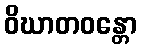
ဝိဃာတဝန္တော